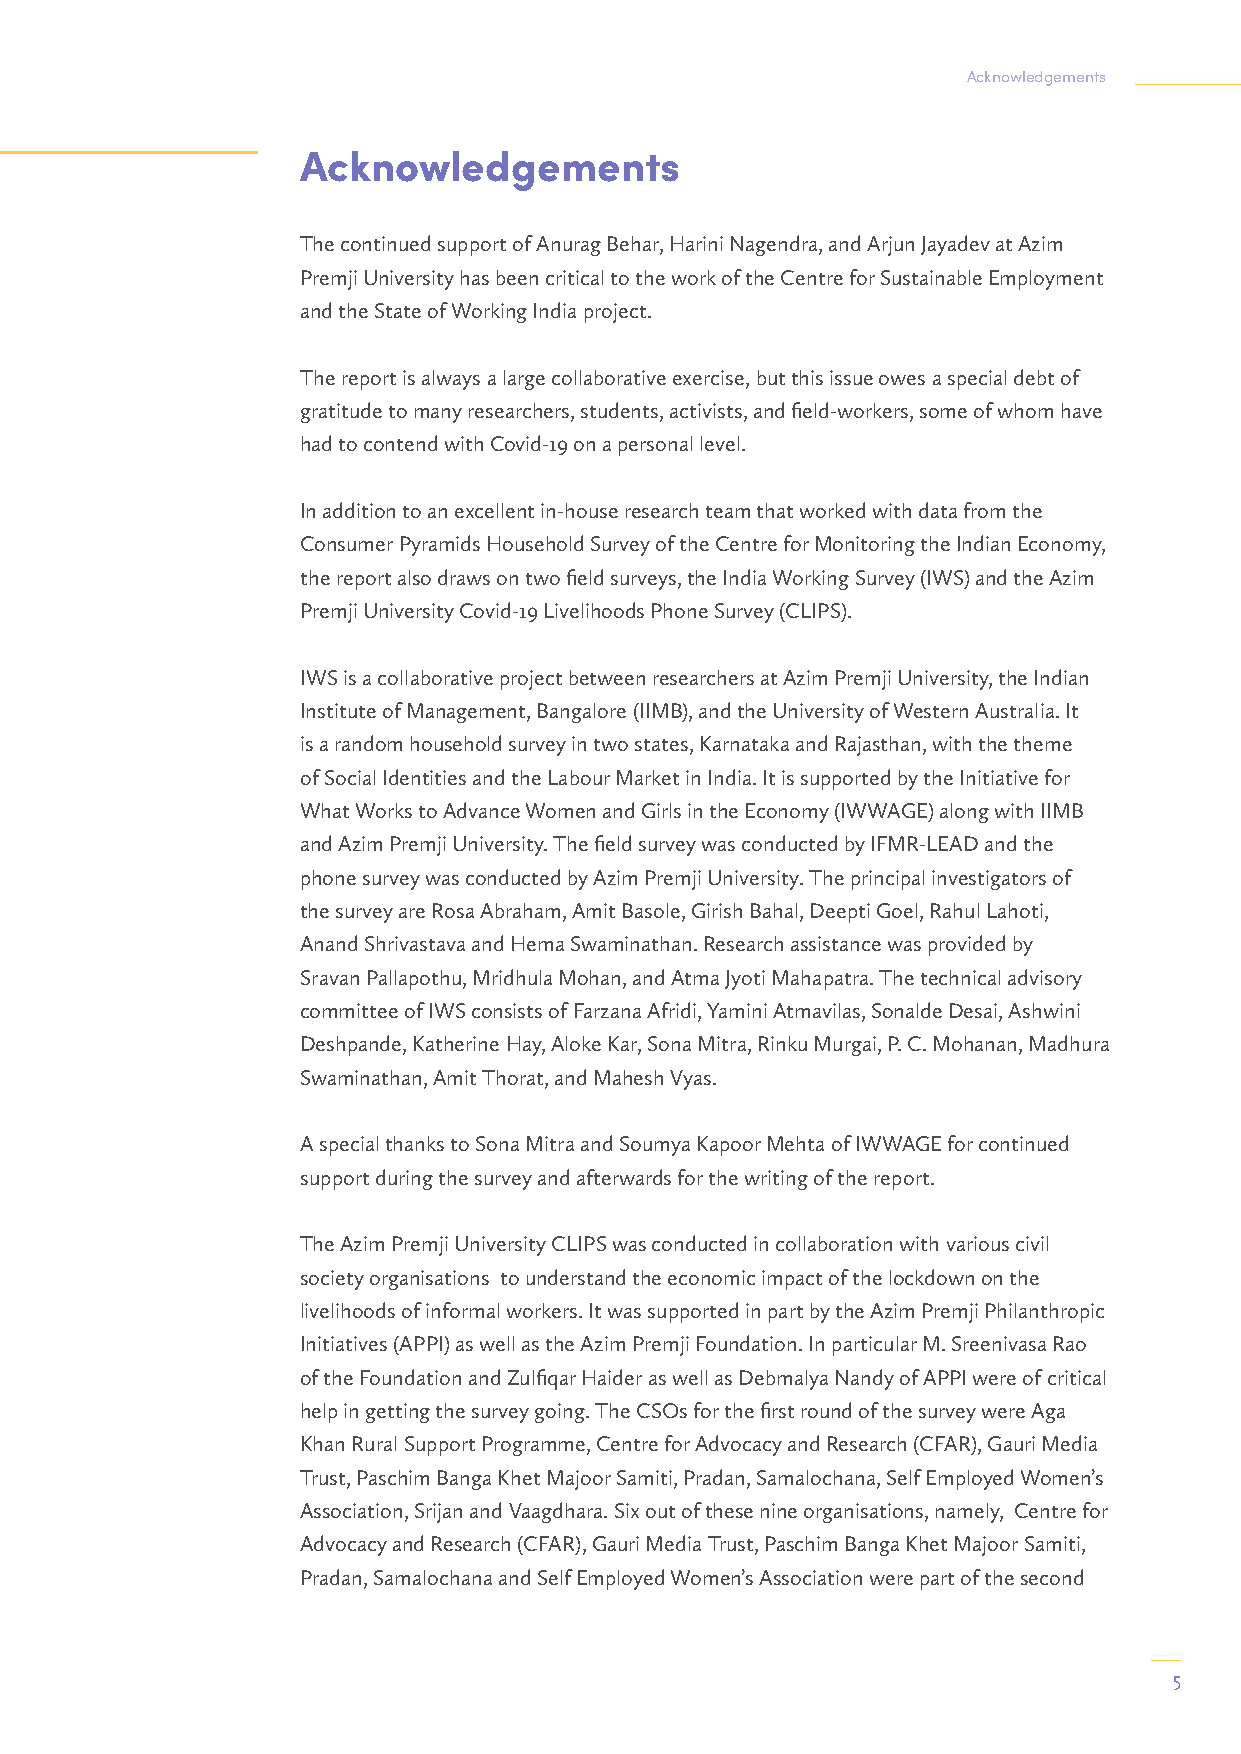
Acknowledgements
 Acknowledgements
 The continued support of Anurag Behar, Harini Nagendra, and Arjun Jayadev at Azim
 Premji University has been critical to the work of the Centre for Sustainable Employment
 and the State of Working India project.
 The report is always a large collaborative exercise, but this issue owes a special debt of
 gratitude to many researchers, students, activists, and field-workers, some of whom have
 had to contend with Covid-19 on a personal level.
 In addition to an excellent in-house research team that worked with data from the
 Consumer Pyramids Household Survey of the Centre for Monitoring the Indian Economy,
 the report also draws on two field surveys, the India Working Survey (IWS) and the Azim
 Premji University Covid-19 Livelihoods Phone Survey (CLIPS).
 IWS is a collaborative project between researchers at Azim Premji University, the Indian
 Institute of Management, Bangalore (IIMB), and the University of Western Australia. It
 is a random household survey in two states, Karnataka and Rajasthan, with the theme
 of Social Identities and the Labour Market in India. It is supported by the Initiative for
 What Works to Advance Women and Girls in the Economy (IWWAGE) along with IIMB
 and Azim Premji University. The field survey was conducted by IFMR-LEAD and the
 phone survey was conducted by Azim Premji University. The principal investigators of
 the survey are Rosa Abraham, Amit Basole, Girish Bahal, Deepti Goel, Rahul Lahoti,
 Anand Shrivastava and Hema Swaminathan. Research assistance was provided by
 Sravan Pallapothu, Mridhula Mohan, and Atma Jyoti Mahapatra. The technical advisory
 committee of IWS consists of Farzana Afridi, Yamini Atmavilas, Sonalde Desai, Ashwini
 Deshpande, Katherine Hay, Aloke Kar, Sona Mitra, Rinku Murgai, P. C. Mohanan, Madhura
 Swaminathan, Amit Thorat, and Mahesh Vyas.
 A special thanks to Sona Mitra and Soumya Kapoor Mehta of IWWAGE for continued
 support during the survey and afterwards for the writing of the report.
 The Azim Premji University CLIPS was conducted in collaboration with various civil
 society organisations to understand the economic impact of the lockdown on the
 livelihoods of informal workers. It was supported in part by the Azim Premji Philanthropic
 Initiatives (APPI) as well as the Azim Premji Foundation. In particular M. Sreenivasa Rao
 of the Foundation and Zulfiqar Haider as well as Debmalya Nandy of APPI were of critical
 help in getting the survey going. The CSOs for the first round of the survey were Aga
 Khan Rural Support Programme, Centre for Advocacy and Research (CFAR), Gauri Media
 Trust, Paschim Banga Khet Majoor Samiti, Pradan, Samalochana, Self Employed Women’s
 Association, Srijan and Vaagdhara. Six out of these nine organisations, namely, Centre for
 Advocacy and Research (CFAR), Gauri Media Trust, Paschim Banga Khet Majoor Samiti,
 Pradan, Samalochana and Self Employed Women’s Association were part of the second
 5